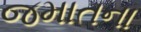
જમાતના